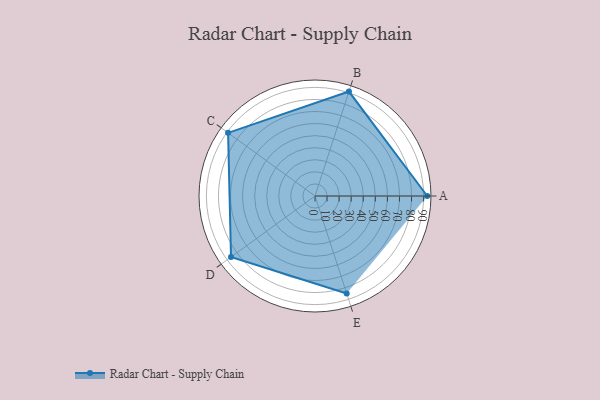
{"axis": {"x": "Skill", "y": "Score"}, "legend": ["Profile"], "data": [{"x": "A", "y": 93.0, "type": "Profile"}, {"x": "B", "y": 91.0, "type": "Profile"}, {"x": "C", "y": 89.0, "type": "Profile"}, {"x": "D", "y": 86.0, "type": "Profile"}, {"x": "E", "y": 85.0, "type": "Profile"}]}